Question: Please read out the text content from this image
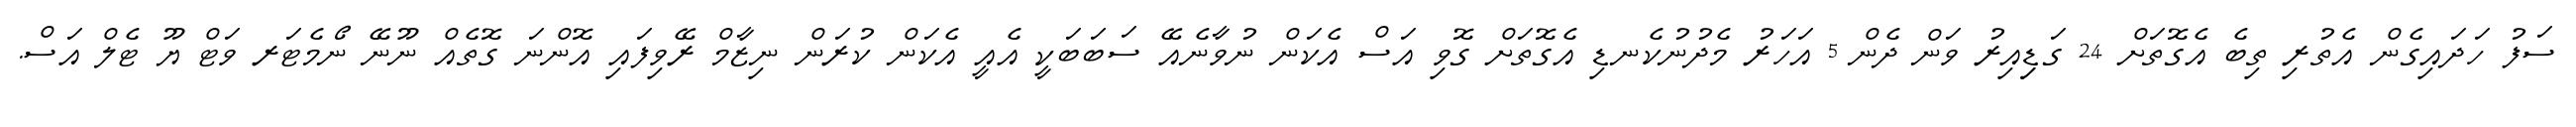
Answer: ސަފު ހަދައިގެން އެތުރި ތިބެ އެގޮތަށް 24 ގަޑިިއިރު ވަން ދެން 5 އަހަރު މެދުނުކެނޑި އެގޮތަށް ގޮވި އަސް އެކަން ނުވާނެއޭ ސަބަބަކީ އެއީ އެކަން ކުރަން ނިޒާމް ރޭވިފައި އޮންނަ ގޮތެއް ނޫނޭ ނޯމެޓަރ ވަޓް ޔޫ ޓެލް އަސް.